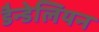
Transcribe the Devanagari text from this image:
डैन्डेलियन